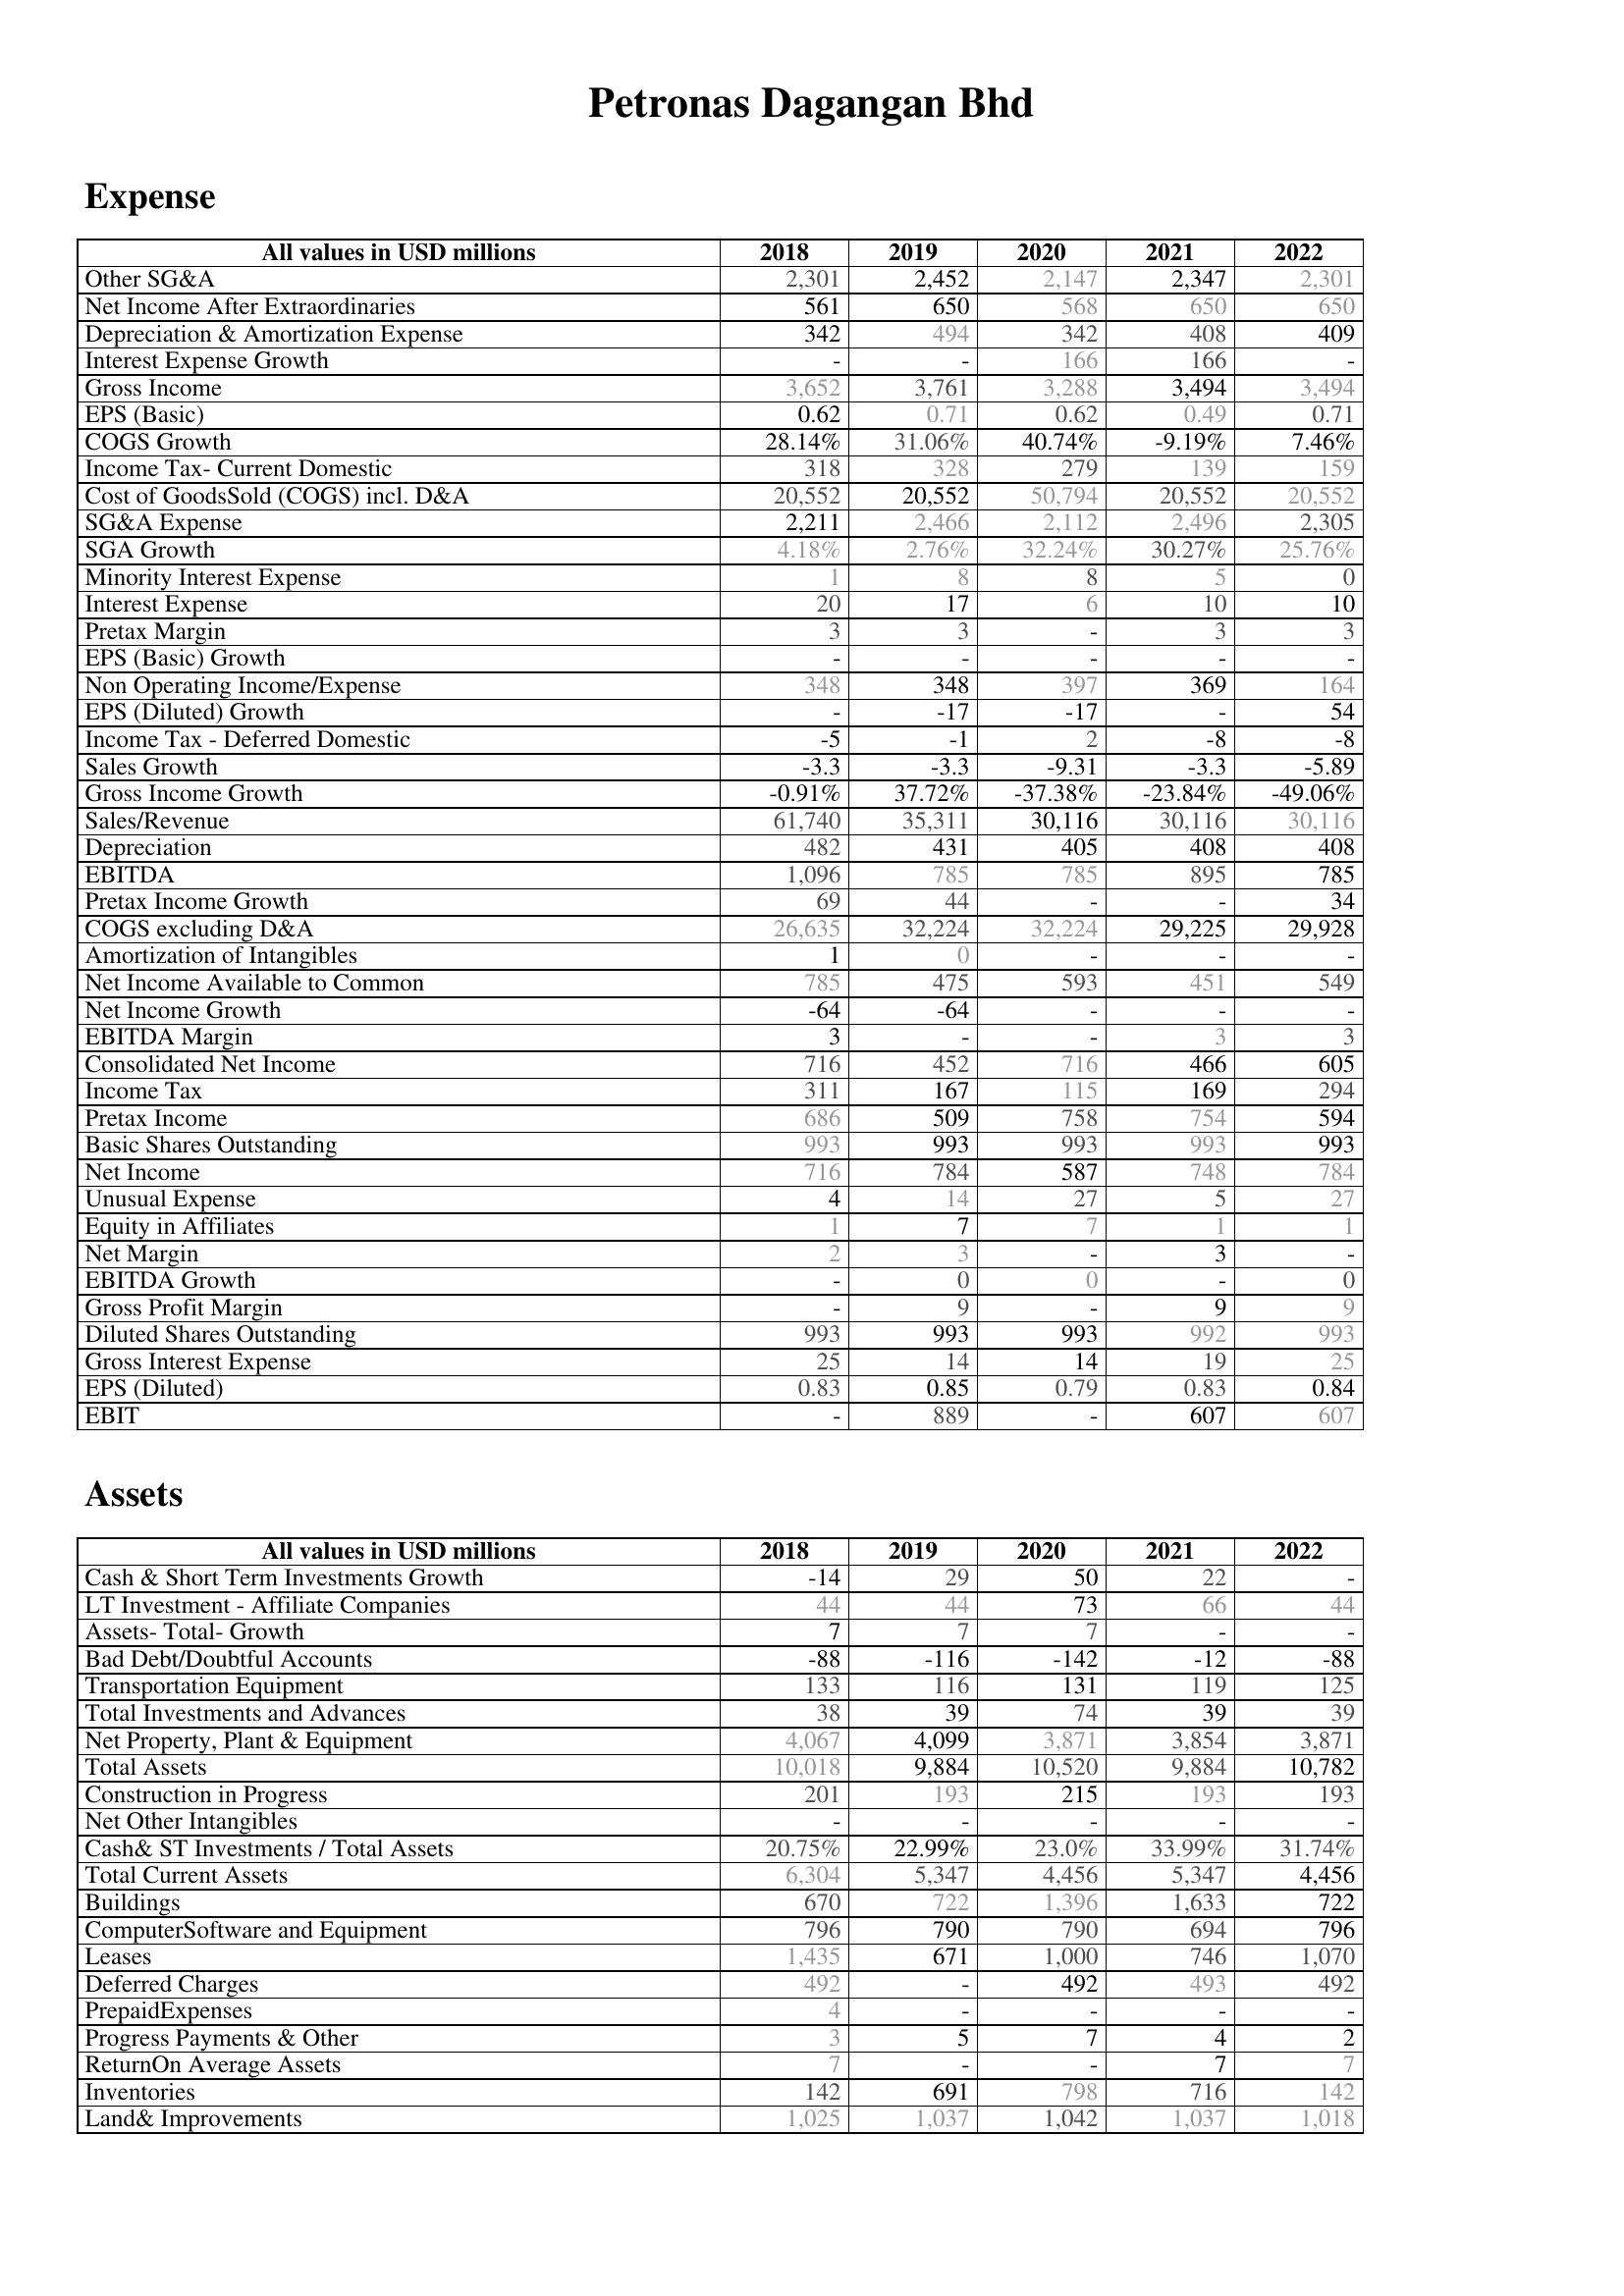
2018: Expense: Other SG&A: 2,301
Net Income After Extraordinaries: 561
Depreciation & Amortization Expense: 342
Interest Expense Growth: -
Gross Income: 3,652
EPS (Basic): 0.62
COGS Growth: 28.14%
Income Tax- Current Domestic: 318
Cost of GoodsSold (COGS) incl. D&A: 20,552
SG&A Expense: 2,211
SGA Growth: 4.18%
Minority Interest Expense: 1
Interest Expense: 20
Pretax Margin: 3
EPS (Basic) Growth: -
Non Operating Income/Expense: 348
EPS (Diluted) Growth: -
Income Tax - Deferred Domestic: -5
Sales Growth: -3.3
Gross Income Growth: -0.91%
Sales/Revenue: 61,740
Depreciation: 482
EBITDA: 1,096
Pretax Income Growth: 69
COGS excluding D&A: 26,635
Amortization of Intangibles: 1
Net Income Available to Common: 785
Net Income Growth: -64
EBITDA Margin: 3
Consolidated Net Income: 716
Income Tax: 311
Pretax Income: 686
Basic Shares Outstanding: 993
Net Income: 716
Unusual Expense: 4
Equity in Affiliates: 1
Net Margin: 2
EBITDA Growth: -
Gross Profit Margin: -
Diluted Shares Outstanding: 993
Gross Interest Expense: 25
EPS (Diluted): 0.83
EBIT: -
Assets: Cash & Short Term Investments Growth: -14
LT Investment - Affiliate Companies: 44
Assets- Total- Growth: 7
Bad Debt/Doubtful Accounts: -88
Transportation Equipment: 133
Total Investments and Advances: 38
Net Property, Plant & Equipment: 4,067
Total Assets: 10,018
Construction in Progress: 201
Net Other Intangibles: -
Cash& ST Investments / Total Assets: 20.75%
Total Current Assets: 6,304
Buildings: 670
ComputerSoftware and Equipment: 796
Leases: 1,435
Deferred Charges: 492
PrepaidExpenses: 4
Progress Payments & Other: 3
ReturnOn Average Assets: 7
Inventories: 142
Land& Improvements: 1,025
2019: Expense: Other SG&A: 2,452
Net Income After Extraordinaries: 650
Depreciation & Amortization Expense: 494
Interest Expense Growth: -
Gross Income: 3,761
EPS (Basic): 0.71
COGS Growth: 31.06%
Income Tax- Current Domestic: 328
Cost of GoodsSold (COGS) incl. D&A: 20,552
SG&A Expense: 2,466
SGA Growth: 2.76%
Minority Interest Expense: 8
Interest Expense: 17
Pretax Margin: 3
EPS (Basic) Growth: -
Non Operating Income/Expense: 348
EPS (Diluted) Growth: -17
Income Tax - Deferred Domestic: -1
Sales Growth: -3.3
Gross Income Growth: 37.72%
Sales/Revenue: 35,311
Depreciation: 431
EBITDA: 785
Pretax Income Growth: 44
COGS excluding D&A: 32,224
Amortization of Intangibles: 0
Net Income Available to Common: 475
Net Income Growth: -64
EBITDA Margin: -
Consolidated Net Income: 452
Income Tax: 167
Pretax Income: 509
Basic Shares Outstanding: 993
Net Income: 784
Unusual Expense: 14
Equity in Affiliates: 7
Net Margin: 3
EBITDA Growth: 0
Gross Profit Margin: 9
Diluted Shares Outstanding: 993
Gross Interest Expense: 14
EPS (Diluted): 0.85
EBIT: 889
Assets: Cash & Short Term Investments Growth: 29
LT Investment - Affiliate Companies: 44
Assets- Total- Growth: 7
Bad Debt/Doubtful Accounts: -116
Transportation Equipment: 116
Total Investments and Advances: 39
Net Property, Plant & Equipment: 4,099
Total Assets: 9,884
Construction in Progress: 193
Net Other Intangibles: -
Cash& ST Investments / Total Assets: 22.99%
Total Current Assets: 5,347
Buildings: 722
ComputerSoftware and Equipment: 790
Leases: 671
Deferred Charges: -
PrepaidExpenses: -
Progress Payments & Other: 5
ReturnOn Average Assets: -
Inventories: 691
Land& Improvements: 1,037
2020: Expense: Other SG&A: 2,147
Net Income After Extraordinaries: 568
Depreciation & Amortization Expense: 342
Interest Expense Growth: 166
Gross Income: 3,288
EPS (Basic): 0.62
COGS Growth: 40.74%
Income Tax- Current Domestic: 279
Cost of GoodsSold (COGS) incl. D&A: 50,794
SG&A Expense: 2,112
SGA Growth: 32.24%
Minority Interest Expense: 8
Interest Expense: 6
Pretax Margin: -
EPS (Basic) Growth: -
Non Operating Income/Expense: 397
EPS (Diluted) Growth: -17
Income Tax - Deferred Domestic: 2
Sales Growth: -9.31
Gross Income Growth: -37.38%
Sales/Revenue: 30,116
Depreciation: 405
EBITDA: 785
Pretax Income Growth: -
COGS excluding D&A: 32,224
Amortization of Intangibles: -
Net Income Available to Common: 593
Net Income Growth: -
EBITDA Margin: -
Consolidated Net Income: 716
Income Tax: 115
Pretax Income: 758
Basic Shares Outstanding: 993
Net Income: 587
Unusual Expense: 27
Equity in Affiliates: 7
Net Margin: -
EBITDA Growth: 0
Gross Profit Margin: -
Diluted Shares Outstanding: 993
Gross Interest Expense: 14
EPS (Diluted): 0.79
EBIT: -
Assets: Cash & Short Term Investments Growth: 50
LT Investment - Affiliate Companies: 73
Assets- Total- Growth: 7
Bad Debt/Doubtful Accounts: -142
Transportation Equipment: 131
Total Investments and Advances: 74
Net Property, Plant & Equipment: 3,871
Total Assets: 10,520
Construction in Progress: 215
Net Other Intangibles: -
Cash& ST Investments / Total Assets: 23.0%
Total Current Assets: 4,456
Buildings: 1,396
ComputerSoftware and Equipment: 790
Leases: 1,000
Deferred Charges: 492
PrepaidExpenses: -
Progress Payments & Other: 7
ReturnOn Average Assets: -
Inventories: 798
Land& Improvements: 1,042
2021: Expense: Other SG&A: 2,347
Net Income After Extraordinaries: 650
Depreciation & Amortization Expense: 408
Interest Expense Growth: 166
Gross Income: 3,494
EPS (Basic): 0.49
COGS Growth: -9.19%
Income Tax- Current Domestic: 139
Cost of GoodsSold (COGS) incl. D&A: 20,552
SG&A Expense: 2,496
SGA Growth: 30.27%
Minority Interest Expense: 5
Interest Expense: 10
Pretax Margin: 3
EPS (Basic) Growth: -
Non Operating Income/Expense: 369
EPS (Diluted) Growth: -
Income Tax - Deferred Domestic: -8
Sales Growth: -3.3
Gross Income Growth: -23.84%
Sales/Revenue: 30,116
Depreciation: 408
EBITDA: 895
Pretax Income Growth: -
COGS excluding D&A: 29,225
Amortization of Intangibles: -
Net Income Available to Common: 451
Net Income Growth: -
EBITDA Margin: 3
Consolidated Net Income: 466
Income Tax: 169
Pretax Income: 754
Basic Shares Outstanding: 993
Net Income: 748
Unusual Expense: 5
Equity in Affiliates: 1
Net Margin: 3
EBITDA Growth: -
Gross Profit Margin: 9
Diluted Shares Outstanding: 992
Gross Interest Expense: 19
EPS (Diluted): 0.83
EBIT: 607
Assets: Cash & Short Term Investments Growth: 22
LT Investment - Affiliate Companies: 66
Assets- Total- Growth: -
Bad Debt/Doubtful Accounts: -12
Transportation Equipment: 119
Total Investments and Advances: 39
Net Property, Plant & Equipment: 3,854
Total Assets: 9,884
Construction in Progress: 193
Net Other Intangibles: -
Cash& ST Investments / Total Assets: 33.99%
Total Current Assets: 5,347
Buildings: 1,633
ComputerSoftware and Equipment: 694
Leases: 746
Deferred Charges: 493
PrepaidExpenses: -
Progress Payments & Other: 4
ReturnOn Average Assets: 7
Inventories: 716
Land& Improvements: 1,037
2022: Expense: Other SG&A: 2,301
Net Income After Extraordinaries: 650
Depreciation & Amortization Expense: 409
Interest Expense Growth: -
Gross Income: 3,494
EPS (Basic): 0.71
COGS Growth: 7.46%
Income Tax- Current Domestic: 159
Cost of GoodsSold (COGS) incl. D&A: 20,552
SG&A Expense: 2,305
SGA Growth: 25.76%
Minority Interest Expense: 0
Interest Expense: 10
Pretax Margin: 3
EPS (Basic) Growth: -
Non Operating Income/Expense: 164
EPS (Diluted) Growth: 54
Income Tax - Deferred Domestic: -8
Sales Growth: -5.89
Gross Income Growth: -49.06%
Sales/Revenue: 30,116
Depreciation: 408
EBITDA: 785
Pretax Income Growth: 34
COGS excluding D&A: 29,928
Amortization of Intangibles: -
Net Income Available to Common: 549
Net Income Growth: -
EBITDA Margin: 3
Consolidated Net Income: 605
Income Tax: 294
Pretax Income: 594
Basic Shares Outstanding: 993
Net Income: 784
Unusual Expense: 27
Equity in Affiliates: 1
Net Margin: -
EBITDA Growth: 0
Gross Profit Margin: 9
Diluted Shares Outstanding: 993
Gross Interest Expense: 25
EPS (Diluted): 0.84
EBIT: 607
Assets: Cash & Short Term Investments Growth: -
LT Investment - Affiliate Companies: 44
Assets- Total- Growth: -
Bad Debt/Doubtful Accounts: -88
Transportation Equipment: 125
Total Investments and Advances: 39
Net Property, Plant & Equipment: 3,871
Total Assets: 10,782
Construction in Progress: 193
Net Other Intangibles: -
Cash& ST Investments / Total Assets: 31.74%
Total Current Assets: 4,456
Buildings: 722
ComputerSoftware and Equipment: 796
Leases: 1,070
Deferred Charges: 492
PrepaidExpenses: -
Progress Payments & Other: 2
ReturnOn Average Assets: 7
Inventories: 142
Land& Improvements: 1,018